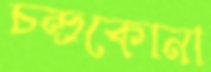
চন্দ্রকোনা